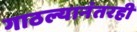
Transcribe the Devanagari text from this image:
गाठल्यानंतरही